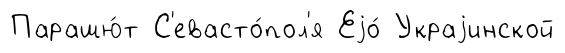
Парашю́т С'евасто́пол'я Еjо́ Украjинской